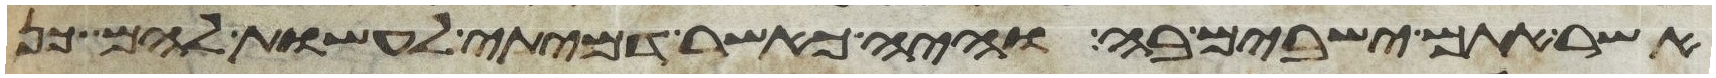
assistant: אשר אתם ישבים בה והיה כאשר דמיתי לעשות להם כן